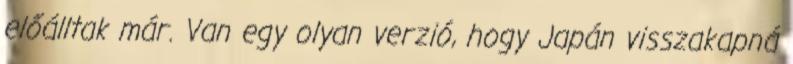
előálltak már. Van egy olyan verzió, hogy Japán visszakapná